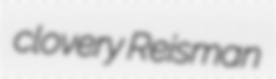
clovery Reisman